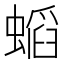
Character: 𲀅